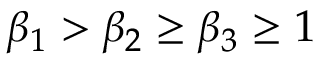
\beta _ { 1 } > \beta _ { 2 } \ge \beta _ { 3 } \ge 1